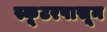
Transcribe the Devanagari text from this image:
स्कूटरपासून